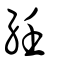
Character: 紝